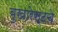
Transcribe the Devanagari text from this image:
बुखारेस्टचे